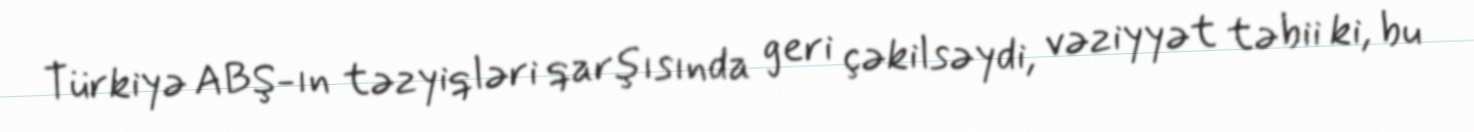
Türkiyə ABŞ-ın təzyiqləri qarşısında geri çəkilsəydi, vəziyyət təbii ki, bu